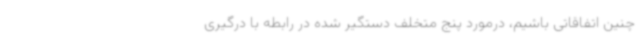
چنین اتفاقاتی باشیم، درمورد پنج متخلف دستگیر شده در رابطه با درگیری